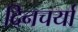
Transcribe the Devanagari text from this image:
दिनचर्यां